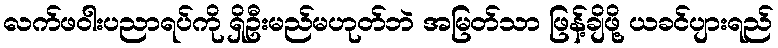
လက်ဖဝါးပညာရပ်ကို ရှိဦးမည်မဟုတ်ဘဲ အမြတ်သာ ဖြန့်ချိဖို့ ယခင်ပျားရည်